Annual report of the Punjab Veterinary College and of the Civil Veterinary Department, Punjab - 1909-1919
Year: 1909
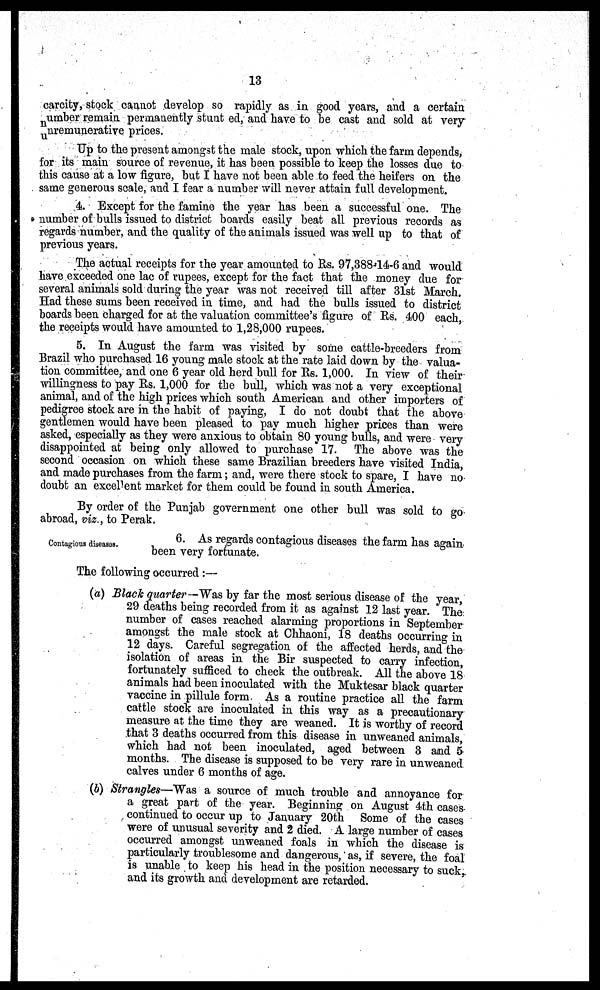
13
carcity, stock cannot develop so rapidly as in good years, and a certain
number remain permanently stunt ed, and have to be cast and sold at very
unremunerative prices.
Up to the present amongst the male stock, upon which the farm depends,
for its main source of revenue, it has been possible to keep the losses due to
this cause at a low figure, but I have not been able to feed the heifers on the
same generous scale, and I fear a number will never attain full development.
4. Except for the famine the year has been a successful one. The
number of bulls issued to district boards easily beat all previous records as
regards number, and the quality of the animals issued was well up to that of
previous years.
The actual receipts for the year amounted to Rs. 97,388-14-6 and would
have exceeded one lac of rupees, except for the fact that the money due for
several animals sold during the year was not received till after 31st March.
Had these sums been received in time, and had the bulls issued to district
boards been charged for at the valuation committee's figure of Rs. 400 each,
the receipts would have amounted to 1,28,000 rupees.
5. In August the farm was visited by some cattle-breeders from
Brazil who purchased 16 young male stock at the rate laid down by the valua-
tion committee, and one 6 year old herd bull for Rs. 1,000. In view of their
willingness to pay Rs. 1,000 for the bull, which was not a very exceptional
animal, and of the high prices which south American and other importers of
pedigree stock are in the habit of paying, I do not doubt that the above
gentlemen would have been pleased to pay much higher prices than were
asked, especially as they were anxious to obtain 80 young bulls, and were very
disappointed at being only allowed to purchase 17. The above was the
second occasion on which these same Brazilian breeders have visited India,
and made purchases from the farm; and, were there stock to spare, I have no
doubt an excellent market for them could be found in south America.
By order of the Punjab government one other bull was sold to go
abroad, viz., to Perak.
Contagious diseases.
6. As regards contagious diseases the farm has again
been very fortunate.
The following occurred:—
(a) Black quarter—Was by far the most serious disease of the year,
29 deaths being recorded from it as against 12 last year. The
number of cases reached alarming proportions in September
amongst the male stock at Chhaoni, 18 deaths occurring in
12 days. Careful segregation of the affected herds, and the
isolation of areas in the Bir suspected to carry infection,
fortunately sufficed to check the outbreak. All the above 18
animals had been inoculated with the Muktesar black quarter
vaccine in pillule form. As a routine practice all the farm
cattle stock are inoculated in this way as a precautionary
measure at the time they are weaned. It is worthy of record
that 3 deaths occurred from this disease in unweaned animals,
which had not been inoculated, aged between 3 and 5
months. The disease is supposed to be very rare in unweaned
calves under 6 months of age.
(b) Strangles—Was a source of much trouble and annoyance for
a great part of the year. Beginning on August 4th cases
continued to occur up to January 20th Some of the cases
were of unusual severity and 2 died. A large number of cases
occurred amongst unweaned foals in which the disease is
particularly troublesome and dangerous, as, if severe, the foal
is unable to keep his head in the position necessary to suck,
and its growth and development are retarded.